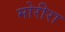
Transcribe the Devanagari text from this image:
मोरीरा